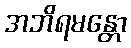
အဘိရမန္တော